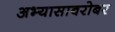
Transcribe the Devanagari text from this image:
अभ्यासाबरोबर